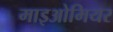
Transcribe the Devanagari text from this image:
माइओमियर